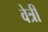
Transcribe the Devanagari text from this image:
वेत्री